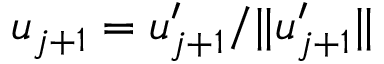
u _ { j + 1 } = u _ { j + 1 } ^ { \prime } / \| u _ { j + 1 } ^ { \prime } \|